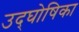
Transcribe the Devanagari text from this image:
उद्‌घोषिका